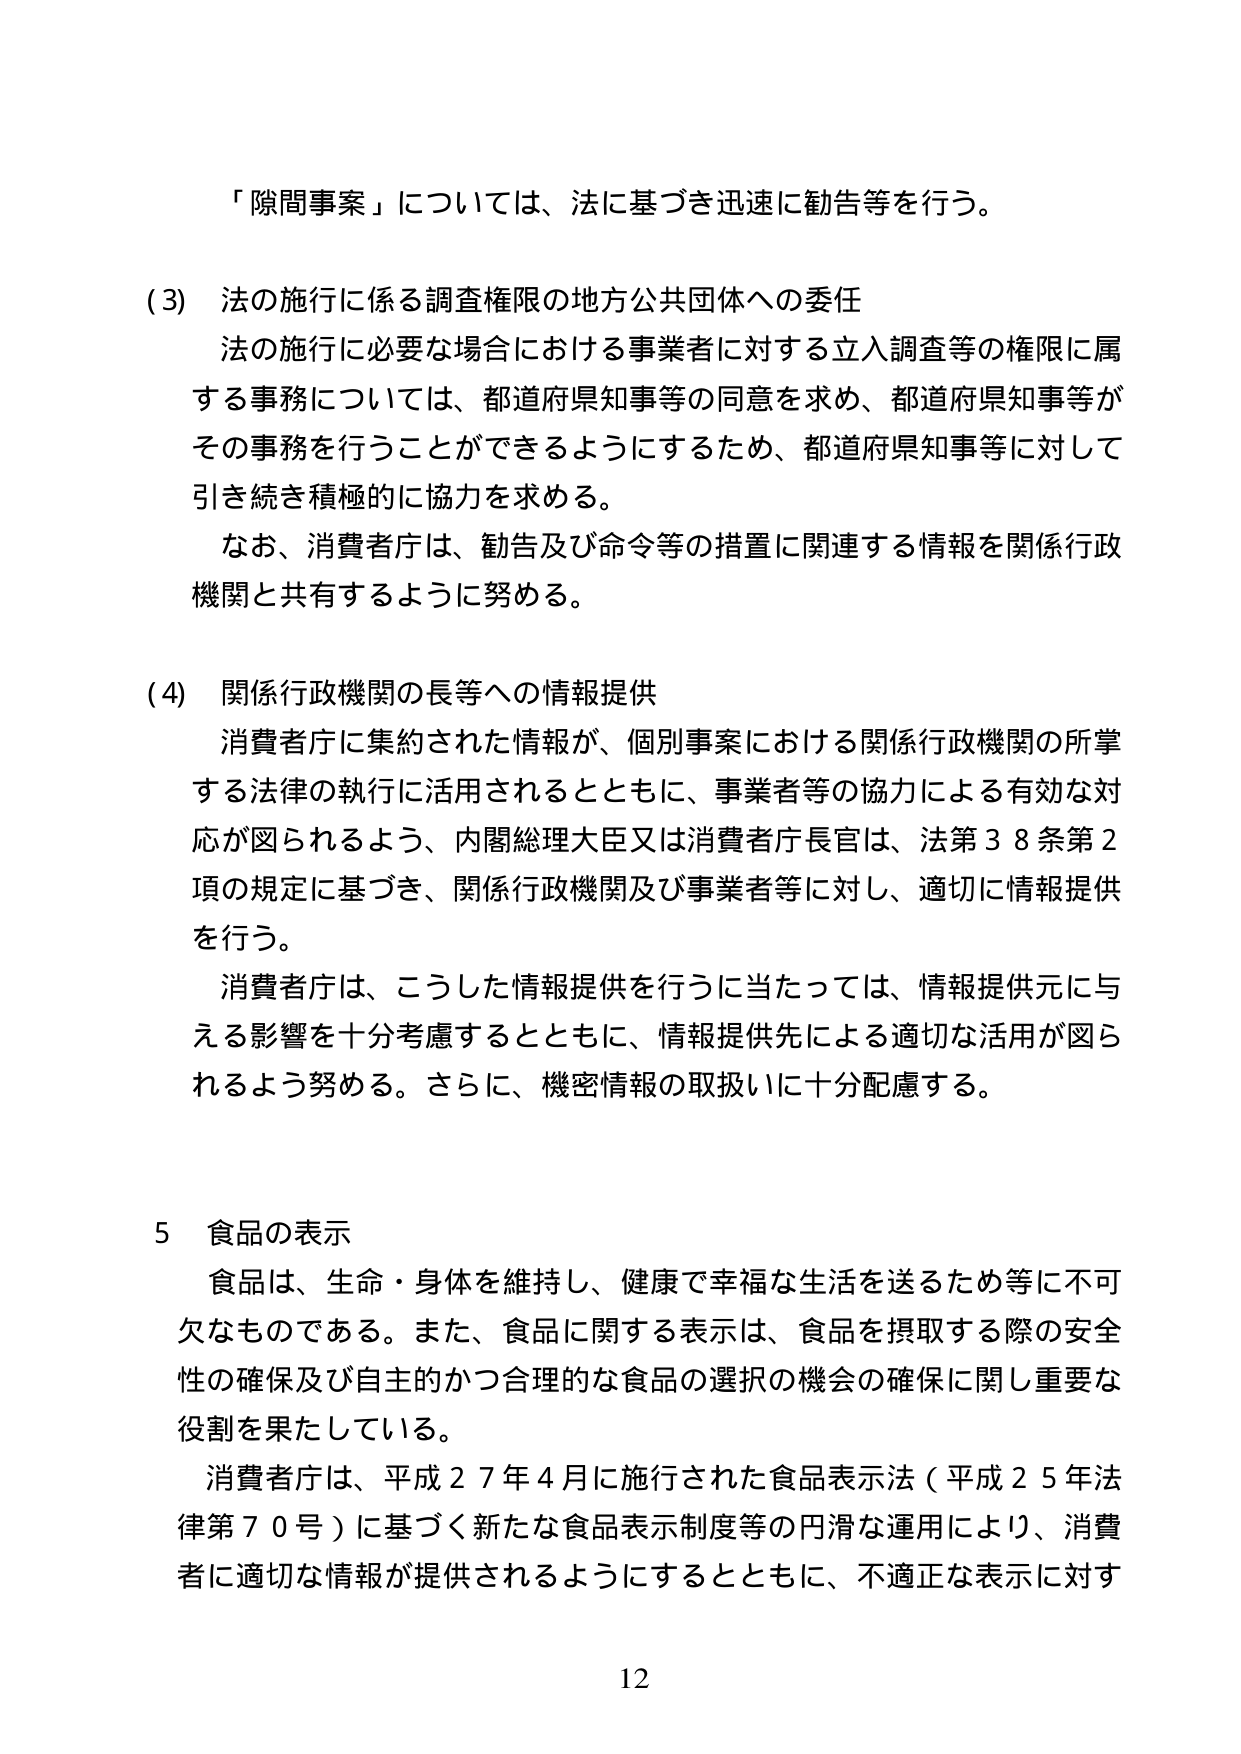
「隙間事案」については、法に基づき迅速に勧告等を行う。

(3) 法の施行に係る調査権限の地方公共団体への委任
法の施行に必要な場合における事業者に対する立入調査等の権限に属
する事務については、都道府県知事等の同意を求め、都道府県知事等が
その事務を行うことができるようにするため、都道府県知事等に対して
引き続き積極的に協力を求める。
なお、消費者庁は、勧告及び命令等の措置に関連する情報を関係行政
機関と共有するように努める。

(4) 関係行政機関の長等への情報提供
消費者庁に集約された情報が、個別事案における関係行政機関の所掌
する法律の執行に活用されるとともに、事業者等の協力による有効な対
応が図られるよう、内閣総理大臣又は消費者庁長官は、法第38条第2
項の規定に基づき、関係行政機関及び事業者等に対し、適切に情報提供
を行う。
消費者庁は、こうした情報提供を行うに当たっては、情報提供元に与
える影響を十分考慮するとともに、情報提供先による適切な活用が図ら
れるよう努める。さらに、機密情報の取扱いに十分配慮する。

5 食品の表示
食品は、生命・身体を維持し、健康で幸福な生活を送るため等に不可
欠なものである。また、食品に関する表示は、食品を摂取する際の安全
性の確保及び自主的かつ合理的な食品の選択の機会の確保に関し重要な
役割を果たしている。
消費者庁は、平成27年4月に施行された食品表示法（平成25年法
律第70号）に基づく新たな食品表示制度等の円滑な運用により、消費
者に適切な情報が提供されるようにするとともに、不適正な表示に対す

12